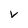
Character: v